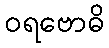
ဝရဗောဓိ